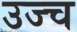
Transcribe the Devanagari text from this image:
उज्च